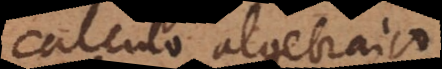
calculo algebraico.